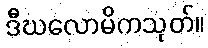
ဒီဃလောမိကသုတ်။